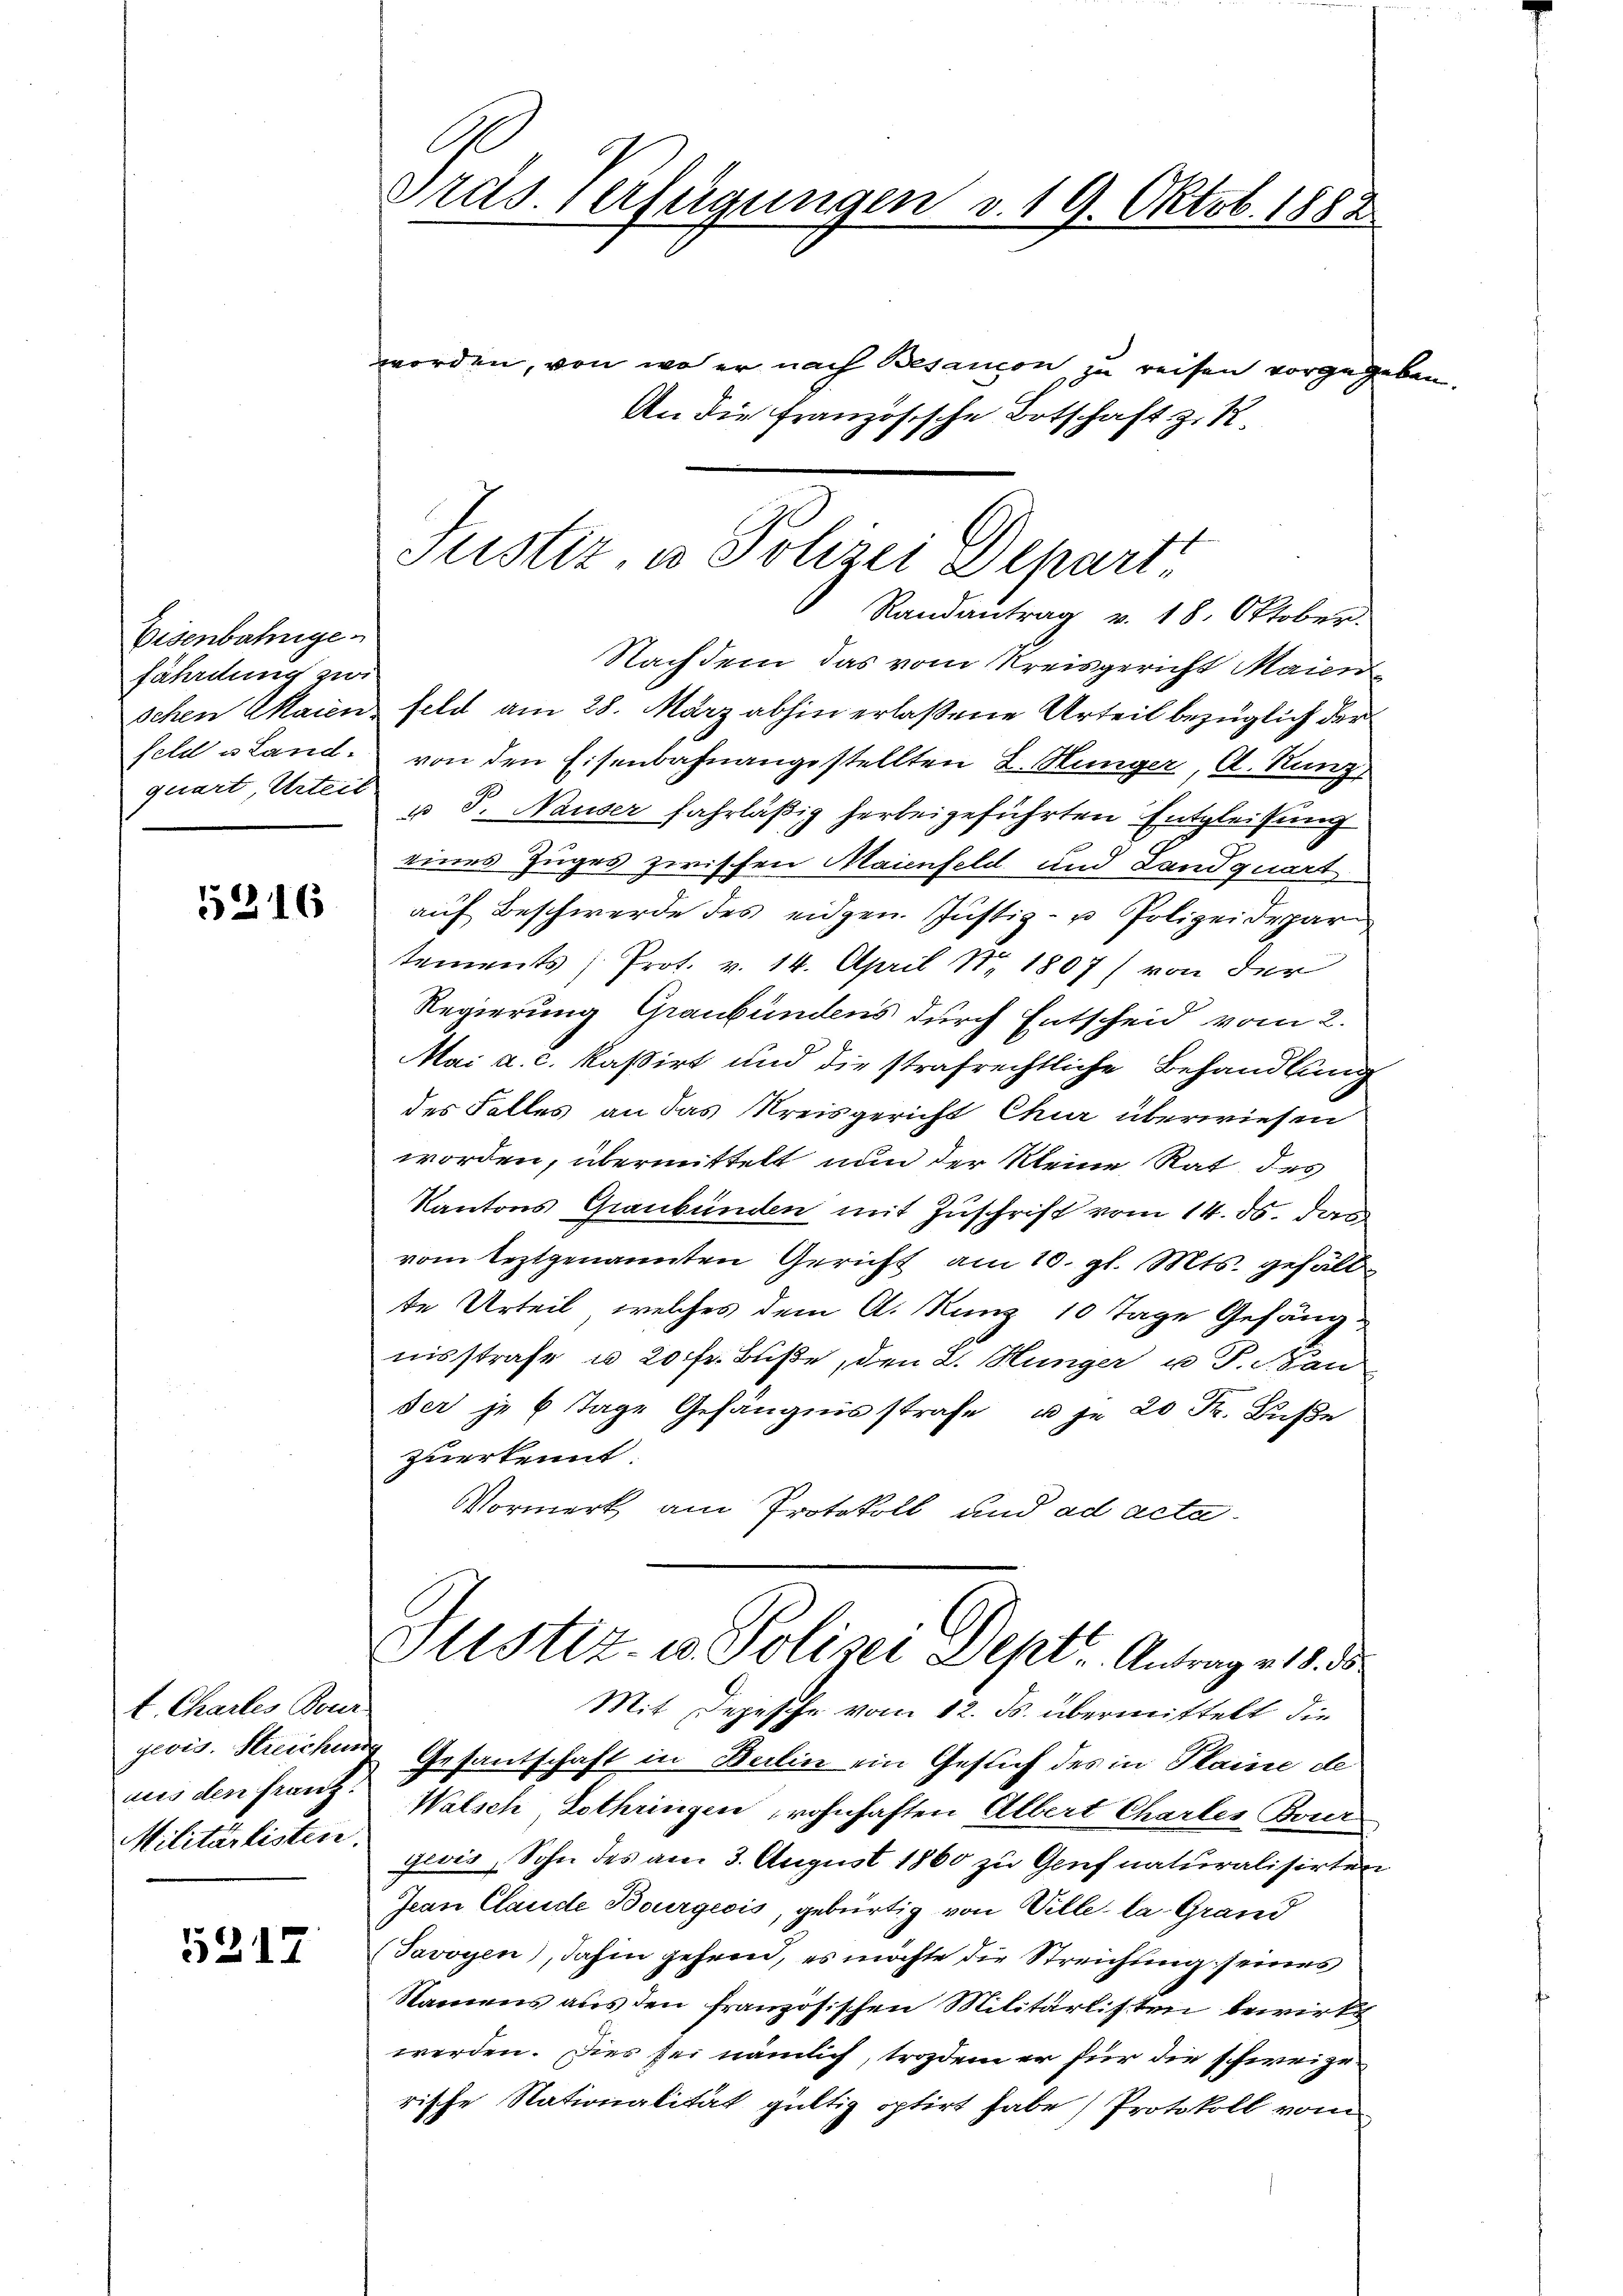
Eisenbahngefährdung zwi
qerart Urteil

5316

t. Chartes Bour
aus den Franz:
Militärlisten.

5217

C
Präs. Verfügungen v. 19. Oktob. 1882

worden, von wo er nach Besancon zu reisen vorgegeben
An die Französische Botschaft z. B.
Randantrag v. 18. Oktober.
Nachdem das vom Kreisgericht Maien
schen Maienz feld am 28. März abhin erlaßene Urteil bezüglich der
feld u Land von den Eisenbahnangestellten L. Münger, A. Kanz
u J. Nauser fahrläßig herbeigeführten Entgleichung
eines Zuges zwischen Maienfeld und Landquart
aŭf Beschwerde des eidgen. Justiz- u Polizeidepar
tements Prot. v. 14. April Nr 1807) von der
Regierung Graubündens durch Entscheid vom 2.
Mai a. c. kassirt und die strafrechtliche Behandlung
des Falles an das Kreisgericht Chur überwiesen
worden, übermittelt nun der kleine Rat des
Kantons Graubünden mit Zuschrift vom 14. ds. das
vom leztgenannten Gericht am 10. gl. Mts. gefällte Urteil, welches dem A. Kunz 10 Tage Gefängnisstrafe u. 20 fr. Buße, den L. Hunger u P. Pau
der je 6 Tage Gefängnisstrafe u je 20 K. Buße
zuerkennt.
Vormerk am Protokoll und ad acta
Justiz- u. Polizei Deptr. Antrag v. 18. ds
Mit Depesche vom 12. ds. übermittelt die
geois. Streichung Gesantschaft in Berlin ein Gesich des in Plaine de
Walsch Lothringen wohnhaften Albert Chartes Bour
geois, Sohn des am 3. August 1860 zu Genf naturalisirten
Jean Claude Bourgeois, gebürtig von Ville, la Grand
Savoyen), dahin gehend, es möchte die Streichung seines
Namens aus den französischen Militärlisten bewirks
werden. Dies sei nämlich, trozdem er für die schweizerische Nationalität gültig optirt habe) Protokoll vom

Justiz, u. Polizei Depart

n